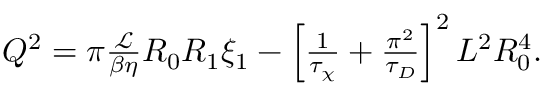
\begin{array} { r } { Q ^ { 2 } = \pi \frac { \mathcal { L } } { \beta \eta } R _ { 0 } R _ { 1 } \xi _ { 1 } - \left[ \frac { 1 } { \tau _ { \chi } } + \frac { \pi ^ { 2 } } { \tau _ { D } } \right] ^ { 2 } L ^ { 2 } R _ { 0 } ^ { 4 } . } \end{array}